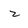
Character: z